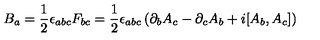
B _ { a } = { \frac { 1 } { 2 } } \epsilon _ { a b c } F _ { b c } = { \frac { 1 } { 2 } } \epsilon _ { a b c } \left( \partial _ { b } A _ { c } - \partial _ { c } A _ { b } + i [ A _ { b } , A _ { c } ] \right)